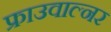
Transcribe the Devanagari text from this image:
फ्राउवाल्नर